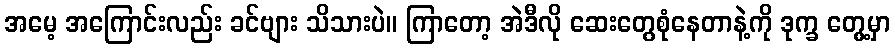
အမေ့ အကြောင်းလည်း ခင်ဗျား သိသားပဲ။ ကြာတော့ အဲဒီလို ဆေးတွေစုံနေတာနဲ့ကို ဒုက္ခ တွေ့မှာ